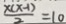
\frac { x ( x - 1 ) } { 2 } = 1 0